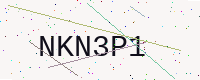
Text: NKN3P1